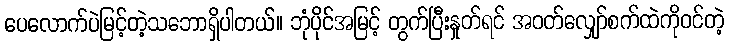
ပေလောက်ပဲမြင့်တဲ့သဘောရှိပါတယ်။ ဘုံပိုင်အမြင့် တွက်ပြီးနှုတ်ရင် အဝတ်လျှော်စက်ထဲကိုဝင်တဲ့